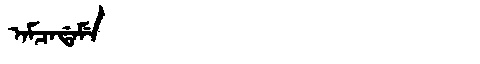
Manchu: ᠠᠮᠴᠠᡩᠠᠮᡝ
Romanization: AMCADAME